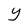
Character: Y